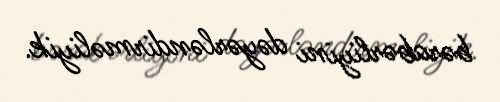
bərabərliyini dəyərləndirməliyik.